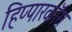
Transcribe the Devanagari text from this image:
हिप्पारकॉस